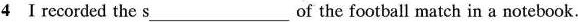
4 I recorded the s___of the football match in a notebook.